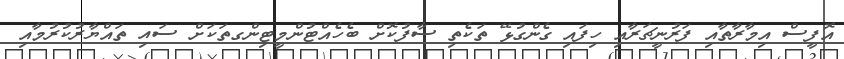
އޮފީސް އިމާރާތާއި ފަރުނީޗަރާއި ހިފައި ގެންގުޅޭ ތަކެތި ސާފުކޮށް ބެހެއްޓުންމީޓިންގތަކަށް ސައި ތައްޔާރުކުރުމާއި